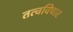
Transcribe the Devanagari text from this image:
तत्वविचार